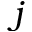
j